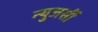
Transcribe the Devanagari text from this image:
न्युजर्सी